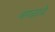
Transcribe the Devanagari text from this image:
वगळावे